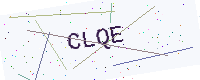
Text: CLQE